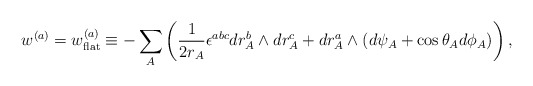
\begin{align*}w^{(a)}=w^{(a)}_{\rm flat}\equiv-\sum_A \left(\frac{1}{2r_A}\epsilon^{abc}dr_A^b\wedge dr_A^c+dr_A^a\wedge (d\psi_A+\cos\theta_A d\phi_A)\right),\end{align*}